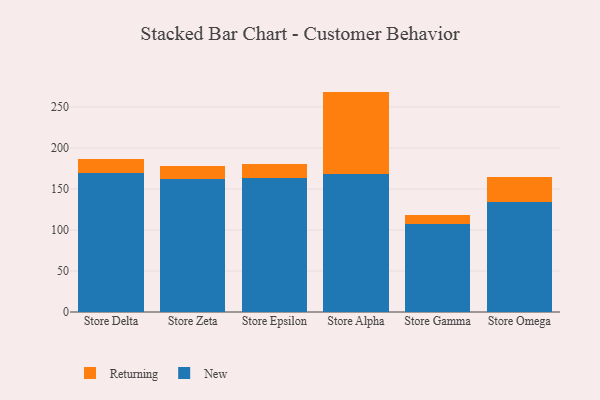
{"axis": {"x": "Store", "y": "Demand Index"}, "legend": ["New", "Returning"], "data": [{"x": "Store Delta", "y": 169.9, "type": "New"}, {"x": "Store Delta", "y": 16.4, "type": "Returning"}, {"x": "Store Zeta", "y": 162.7, "type": "New"}, {"x": "Store Zeta", "y": 15.1, "type": "Returning"}, {"x": "Store Epsilon", "y": 164.0, "type": "New"}, {"x": "Store Epsilon", "y": 16.2, "type": "Returning"}, {"x": "Store Alpha", "y": 168.2, "type": "New"}, {"x": "Store Alpha", "y": 100.7, "type": "Returning"}, {"x": "Store Gamma", "y": 107.3, "type": "New"}, {"x": "Store Gamma", "y": 11.4, "type": "Returning"}, {"x": "Store Omega", "y": 133.9, "type": "New"}, {"x": "Store Omega", "y": 30.5, "type": "Returning"}]}